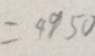
= 4 9 5 0